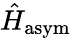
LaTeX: \hat{H}_{\mathrm{asym}}